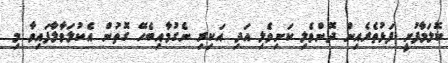
ކޮލަމާފުށީ ފަޅުތެރެއިން ދޮންވެލި ކަށިވެލި އަދި އަކިރި ނެގުމާއިބެހޭ ގޮތުން އެކުލަވާލާފައިވާ މި